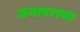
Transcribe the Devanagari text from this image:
जनावराचा